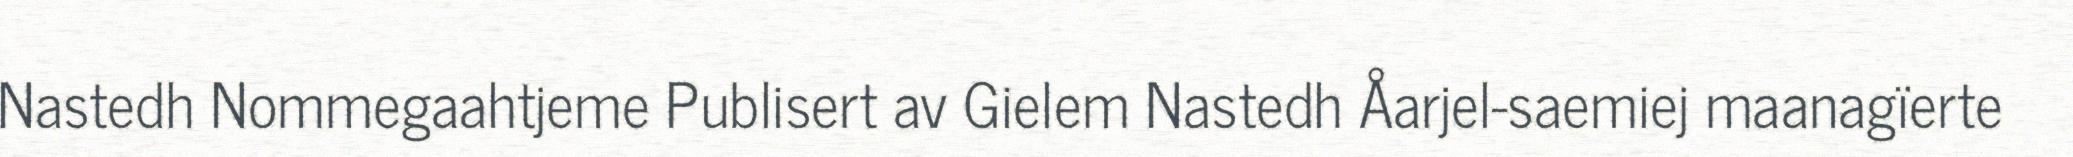
Nastedh Nommegaahtjeme Publisert av Gielem Nastedh Åarjel-saemiej maanagïerte